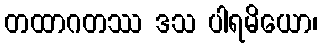
တထာဂတဿ ဒသ ပါရမိယော၊